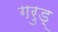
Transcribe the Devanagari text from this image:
गरुड़्